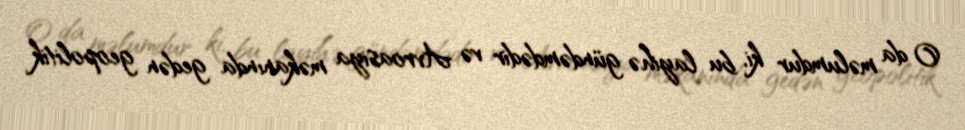
O da məlumdur ki, bu layihə gündəmdədir və Avroasiya məkanında gedən geopolitik